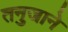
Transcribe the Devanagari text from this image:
तनुजाने